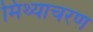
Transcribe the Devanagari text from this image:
मिथ्याचरण